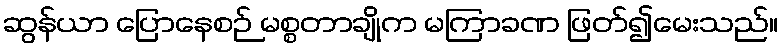
ဆွန်ယာ ပြောနေစဉ် မစ္စတာချိုက မကြာခဏ ဖြတ်၍မေးသည်။